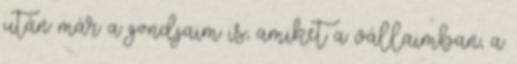
után már a gondjaim is, amiket a vállaimban, a